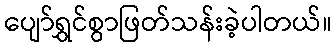
ပျော်ရွှင်စွာဖြတ်သန်းခဲ့ပါတယ်။